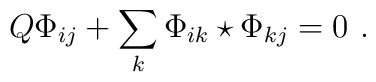
Q\Phi_{ij}+\sum_k\Phi_{ik}\star\Phi_{kj}=0 \  .